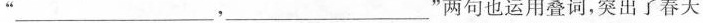
___，___”两句也运用叠词，突出了春天